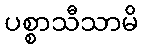
ပစ္စာသီသာမိ